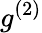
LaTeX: g^{(2)}